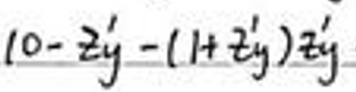
$1 0 - z _ { j } ^ { \prime } - ( 1 + z _ { j } ^ { \prime } ) z _ { j } ^ { \prime }$